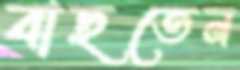
বাছতেন